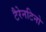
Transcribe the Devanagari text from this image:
टैरेनटिनो